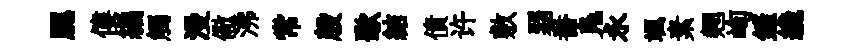
腮僂編觸漫儆沸常殷歜結債许敷弱番鳬永颯素翹峋鏟纔